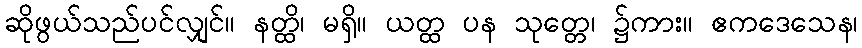
ဆိုဖွယ်သည်ပင်လျှင်။ နတ္ထိ၊ မရှိ။ ယတ္ထ ပန သုတ္တေ၊ ၌ကား။ ဧကဒေသေန၊